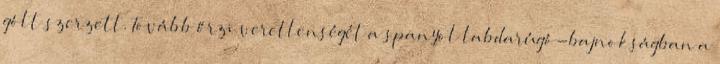
gólt szerzett. Tovább őrzi veretlenségét a spanyol labdarúgó-bajnokságban a